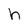
Character: h